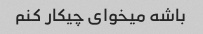
باشه میخوای چیکار کنم